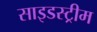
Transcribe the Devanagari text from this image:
साइडस्ट्रीम